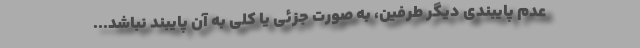
عدم پایبندی دیگر طرفین، به صورت جزئی یا کلی به آن پایبند نباشد...